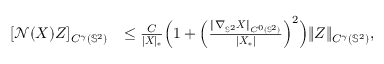
\begin{array} { r l } { [ \mathcal { N } ( \boldsymbol { X } ) Z ] _ { C ^ { \gamma } ( \mathbb { S } ^ { 2 } ) } } & { \leq \frac { C } { | \boldsymbol { X } | _ { * } } \Big ( 1 + \Big ( \frac { \| \nabla _ { \mathbb { S } ^ { 2 } } \boldsymbol { X } \| _ { C ^ { 0 } ( \mathbb { S } ^ { 2 } ) } } { | \boldsymbol { X } _ { * } | } \Big ) ^ { 2 } \Big ) \| Z \| _ { C ^ { \gamma } ( \mathbb { S } ^ { 2 } ) } , } \end{array}